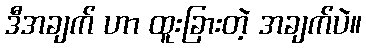
ဒီအချက် ဟာ ထူးခြားတဲ့ အချက်ပဲ။